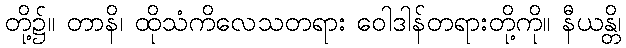
တို့၌။ တာနိ၊ ထိုသံကိလေသတရား ဝေါဒါန်တရားတို့ကို။ နီယန္တိ၊